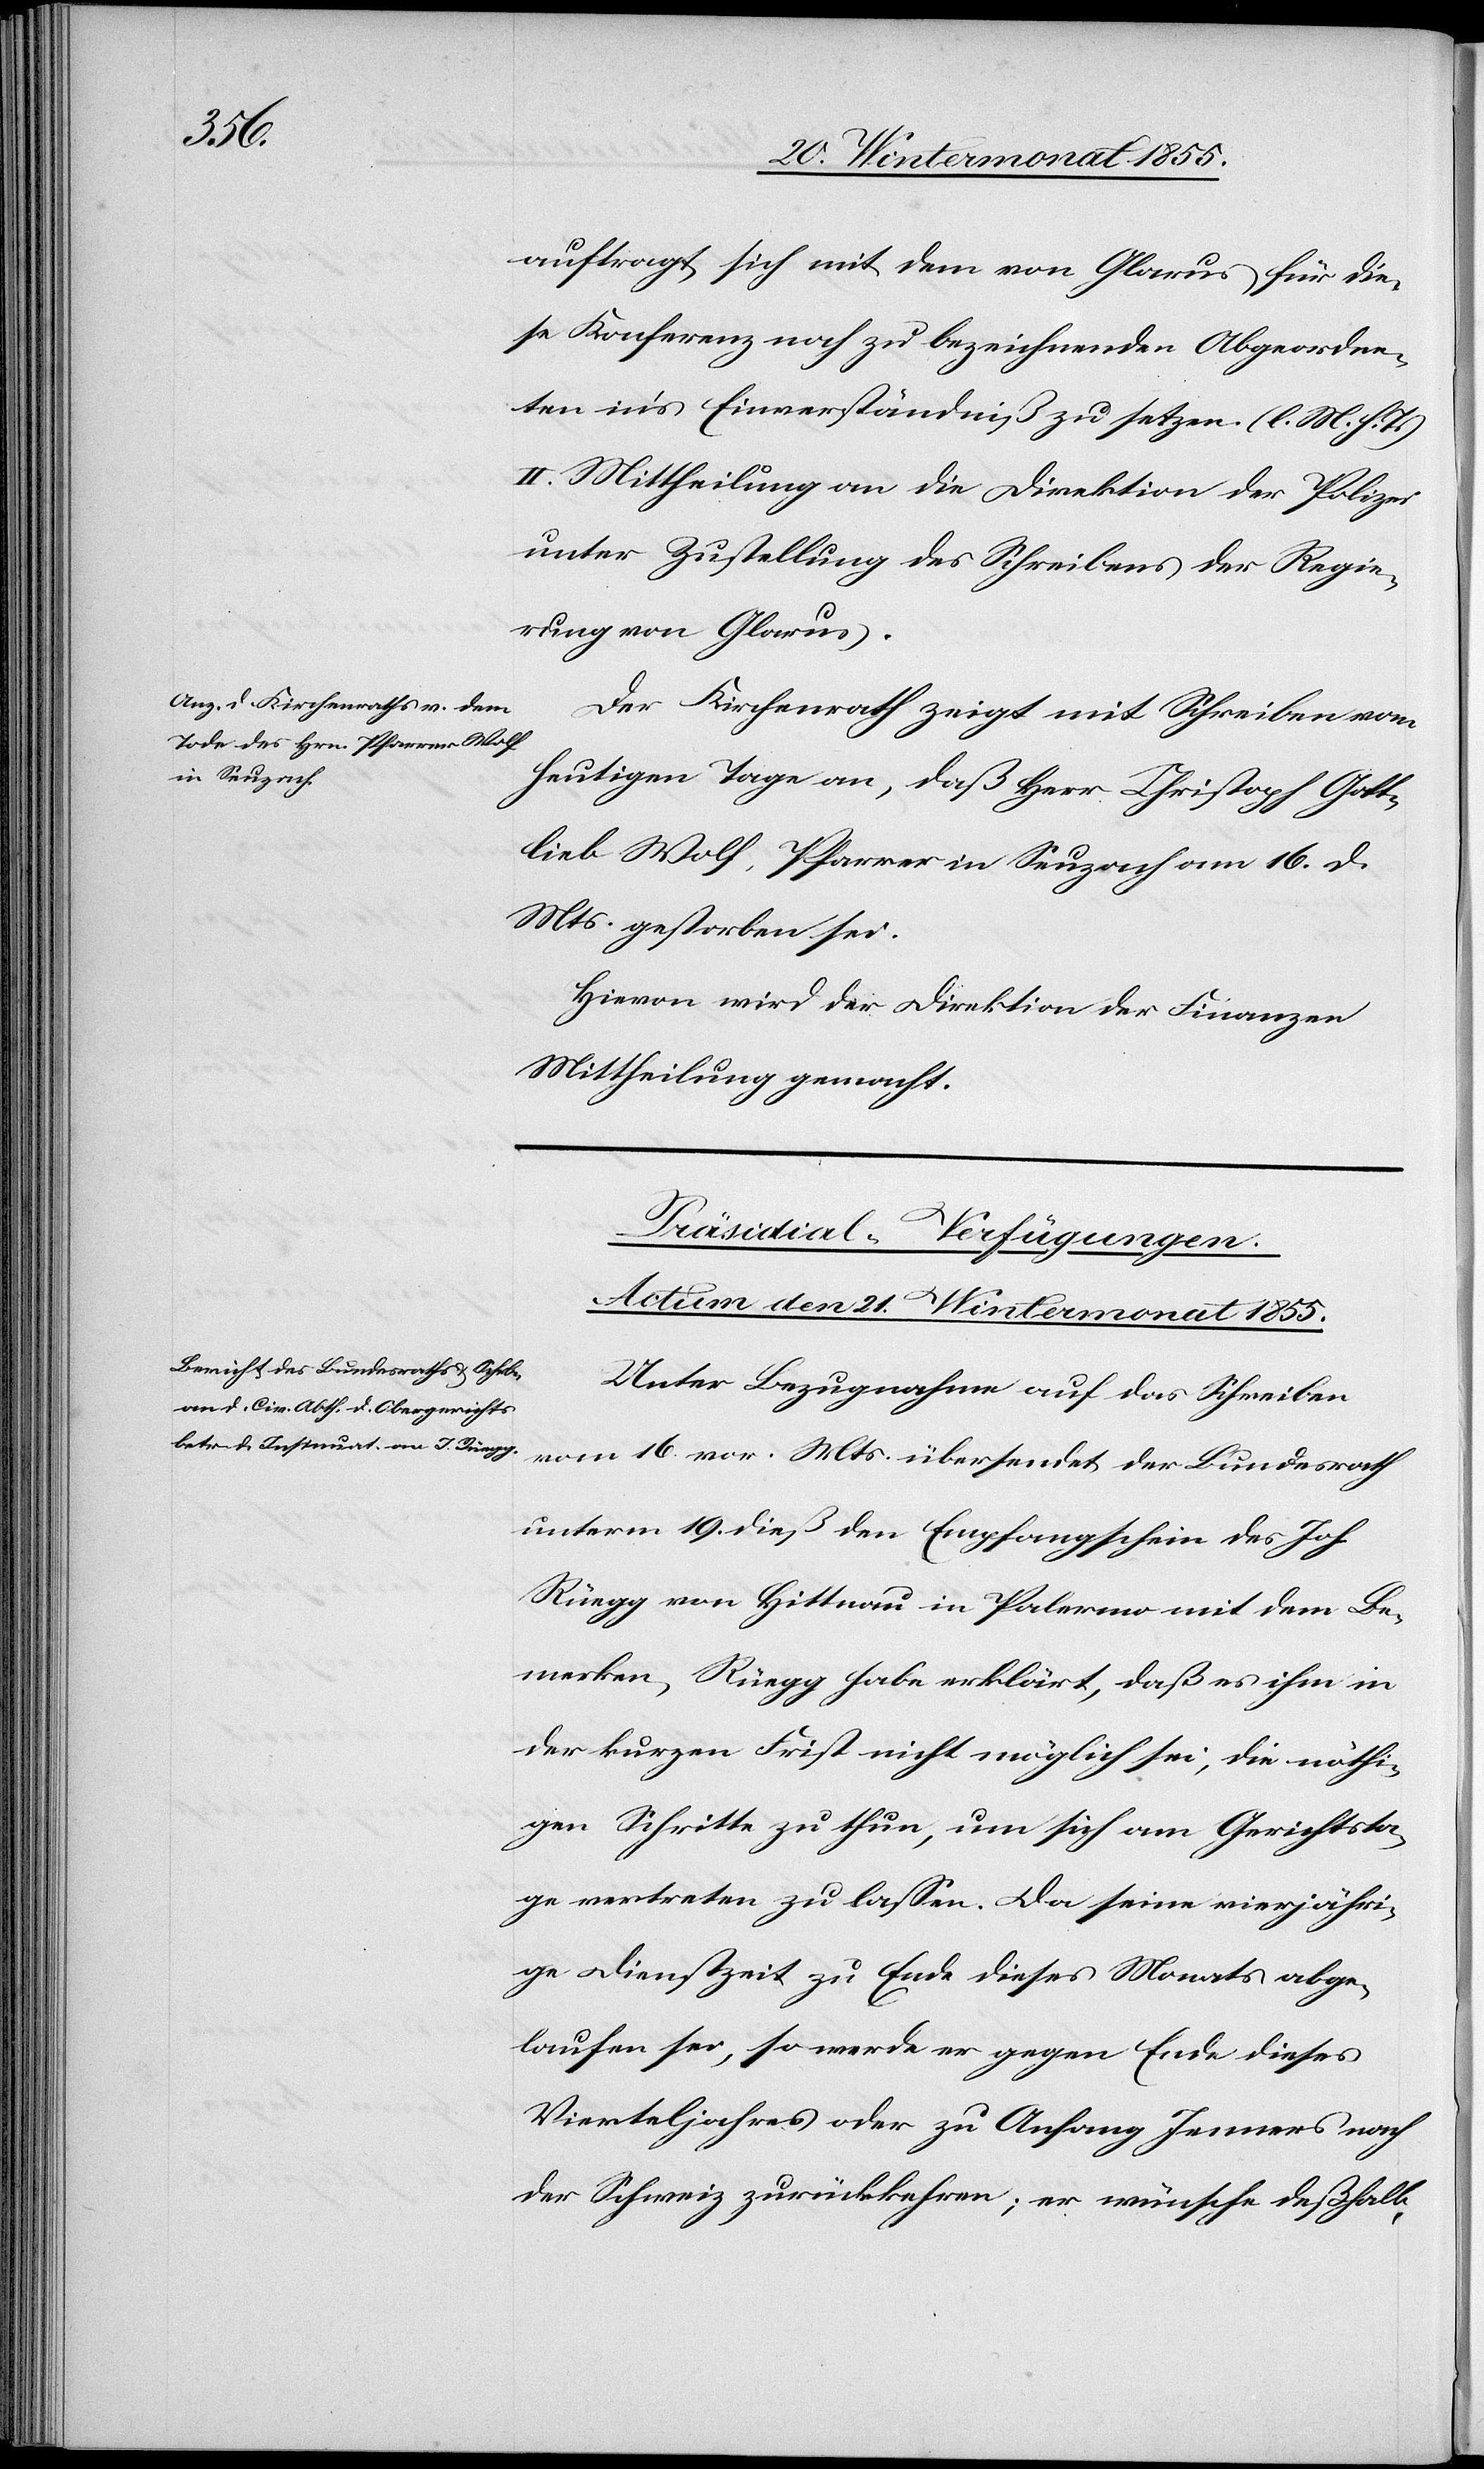
auftragt, sich mit dem von Glarus für die¬
se Konferenz noch zu bezeichnenden Abgeordne¬
ten in’s Einverständniß zu setzen. (l. M. h. T.)
II. Mittheilung an die Direktion der Polizei
unter Zustellung des Schreibens der Regie¬
rung von Glarus.
Der Kirchenrath zeigt mit Schreiben vom
heutigen Tage an, daß Herr Christoph Gott¬
lieb Wolf, Pfarrer in Seuzach am 16. d.
Mts. gestorben sei.
Hievon wird der Direktion der Finanzen
Mittheilung gemacht.
Präsidial-Verfügungen.
Actum den 21. Wintermonat 1855.
Unter Bezugnahme auf das Schreiben
vom 16. vor. Mts. übersendet der Bundesrath
unterm 19. dieß den Empfangschein des Joh.
Rüegg von Hittnau in Palermo mit dem Be¬
merken, Rüegg habe erklärt, daß es ihm in
der kurzen Frist nicht möglich sei, die nöthi¬
gen Schritte zu thun, um sich am Gerichtsta¬
ge vertreten zu lassen. Da seine vierjähri¬
ge Dienstzeit zu Ende dieses Monats abge¬
laufen sei, so werde er gegen Ende dieses
Vierteljahres oder zu Anfang Jenners nach
der Schweiz zurückkehren; er wünsche deßhalb,